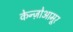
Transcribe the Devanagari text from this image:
केन्ज़ोआमूर